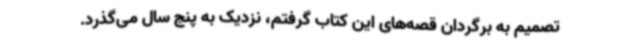
تصمیم به برگردان قصه‌های این کتاب گرفتم، نزدیک به پنج سال می‌گذرد.